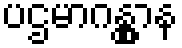
ပဌမာဂန္တွာန